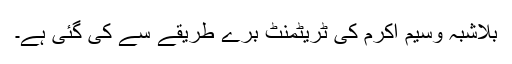
بلاشبہ وسیم اکرم کی ٹریٹمنٹ برے طریقے سے کی گئی ہے۔